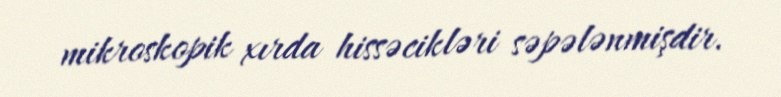
mikroskopik xırda hissəcikləri səpələnmişdir.